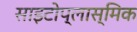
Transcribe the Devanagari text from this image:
साइटोप्लास्मिक